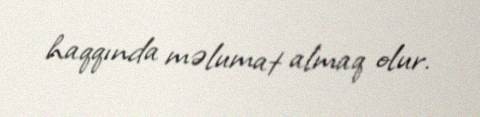
haqqında məlumat almaq olur.